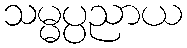
သမ္မပ္ပညာယ